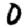
Digit: 0